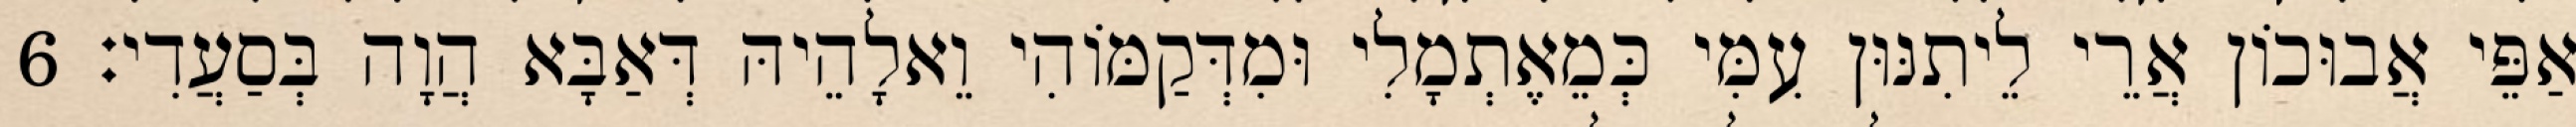
אַפֵּי אֲבוּכוֹן אֲרֵי לֵיתִנּוּן עִמִּי כְּמֵאֶתְמָלִי וּמִדְּקַמּוֹהִי וֵאלָהֵיהּ דְּאַבָּא הֲוָה בְּסַעֲדִי׃ 6